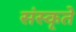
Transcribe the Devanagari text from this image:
संस्कृते